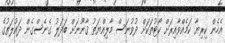
އެހެން ކިރިޔާ ކަމެއްވާއިރަށް ކޯޓުތަކަށް ދުވުނަސް މާލިއްޔަތު ޤާނޫނަށް ބަދަލު ގެނެސްގެން ދައުލަތުގެ